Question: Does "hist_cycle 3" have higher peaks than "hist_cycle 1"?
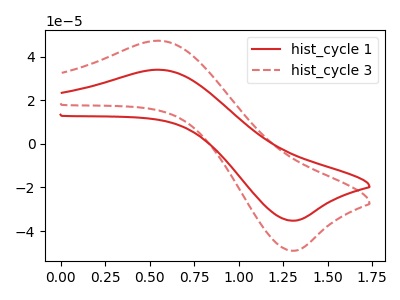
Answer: <think>The red curve "hist_cycle 1" has an anodic peak at (0.55V, 34.00uA) and a cathodic peak at (1.30V, -35.20uA). The red dashed curve "hist_cycle 3" has an anodic peak at (0.55V, 47.30uA) and a cathodic peak at (1.30V, -48.95uA).</think>
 <answer>Every peak in "hist_cycle 3" is higher than every peak in "hist_cycle 1".</answer>
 <eval>higher</eval>